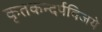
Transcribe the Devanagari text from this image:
कृतकन्दर्पविजये